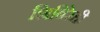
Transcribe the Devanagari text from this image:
शिबिरेही